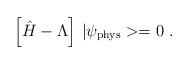
LaTeX: \begin{align*}\left[\hat{H}-\Lambda\right]\,|\psi_{\rm phys}>=0\ .\end{align*}